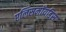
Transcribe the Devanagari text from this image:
एलिसमॉयडिस